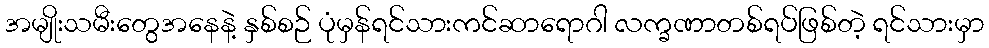
အမျိုးသမီးတွေအနေနဲ့ နှစ်စဉ် ပုံမှန်ရင်သားကင်ဆာရောဂါ လက္ခဏာတစ်ရပ်ဖြစ်တဲ့ ရင်သားမှာ